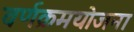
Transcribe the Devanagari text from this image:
वर्णक्रमयोजना